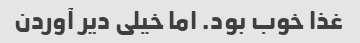
غذا خوب بود. اما خیلی دیر آوردن